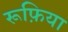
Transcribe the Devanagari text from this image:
रूफ़िया